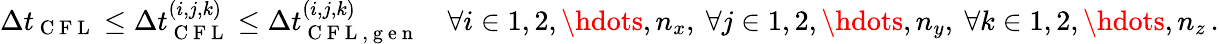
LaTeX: \Delta t_{\mathrm{~C~F~L~}}\le\Delta t_{\mathrm{~C~F~L~}}^{(i,j,k)}\le\Delta t_{\mathrm{~C~F~L~,~g~e~n~}}^{(i,j,k)}\quad\forall i\in{1,2,\hdots,n_{x}},\ \forall j\in{1,2,\hdots,n_{y}},\ \forall k\in{1,2,\hdots,n_{z}}\, .